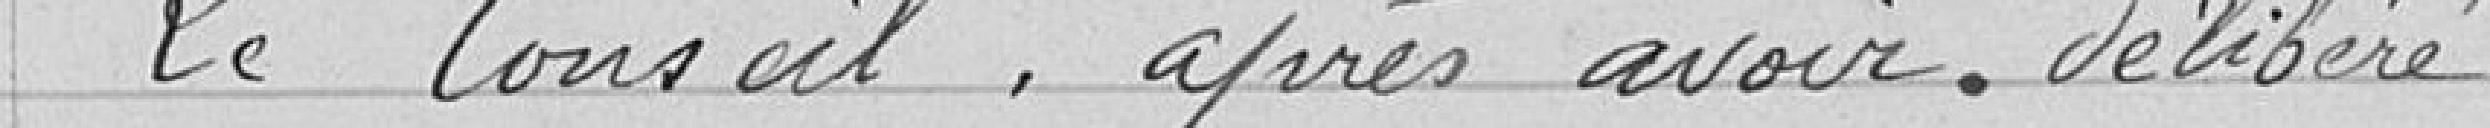
Le Conseil, après avoir délibéré,